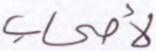
لأصحاب